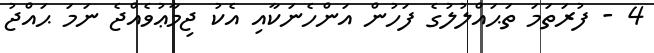
4 - ފުރަތަމަ ތަޙައްލުލުގެ ފަހުން އަންހެނަކާއި އެކު ޖިމާޢުވެއްޖެ ނަމަ ޙައްޖު